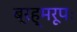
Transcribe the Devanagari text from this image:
ब्रह्मरूपः